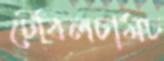
টেবিলচামচ